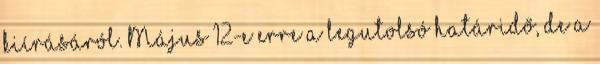
kiírásáról. Május 12-e erre a legutolsó határidő, de a